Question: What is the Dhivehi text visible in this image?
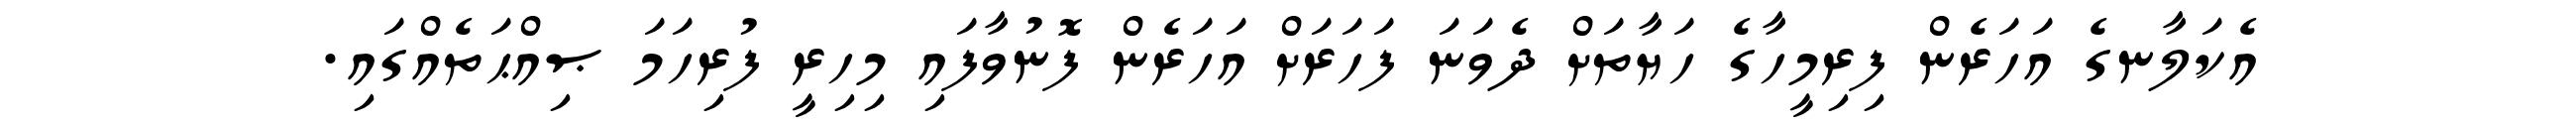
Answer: އެކަލާނގެ އަހަރެން ފިރިމީހާގެ ހަޔާތަށް ދެވަނަ ފަހަރަށް އަހަރެން ފޮނުވާފައި މިހިރީ ފުރިހަމަ ޞިއްޙަތެއްގައި.